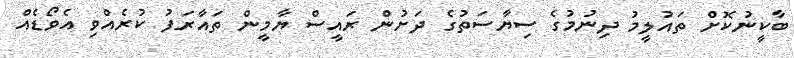
ބާކީނުކޮށް ތައުލީމު ދިނުމުގެ ސިޔާސަތުގެ ދަށުން ރައީސް ޔާމީން ތައާރަފު ކުރެއްވި އެވޯޑެއް